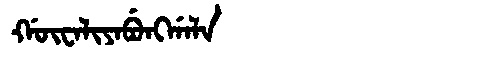
Manchu: ᡤᡡᠸᠠᠯᡳᠶᠠᠪᡠᠩᡤᠠᠯᠠ
Romanization: GŪWALIYABUNGGALA